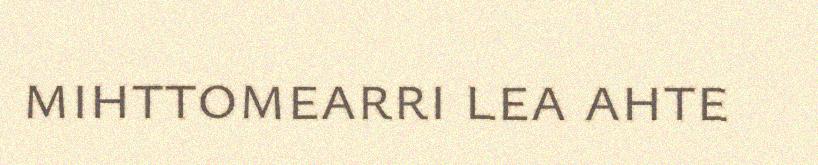
mihttomearri lea ahte